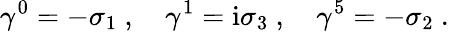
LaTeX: \gamma^{0}=-\sigma_{1}\ ,\quad\gamma^{1}=\mathrm{i}\sigma_{3}\ ,\quad\gamma^{5}=-\sigma_{2}\ .